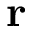
\mathbf r